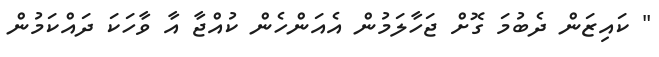
" ކައިޒަން ދެބުމަ ގޮށް ޖަހާލަމުން އެއަންހެން ކުއްޖާ އާ ވާހަކަ ދައްކަމުން